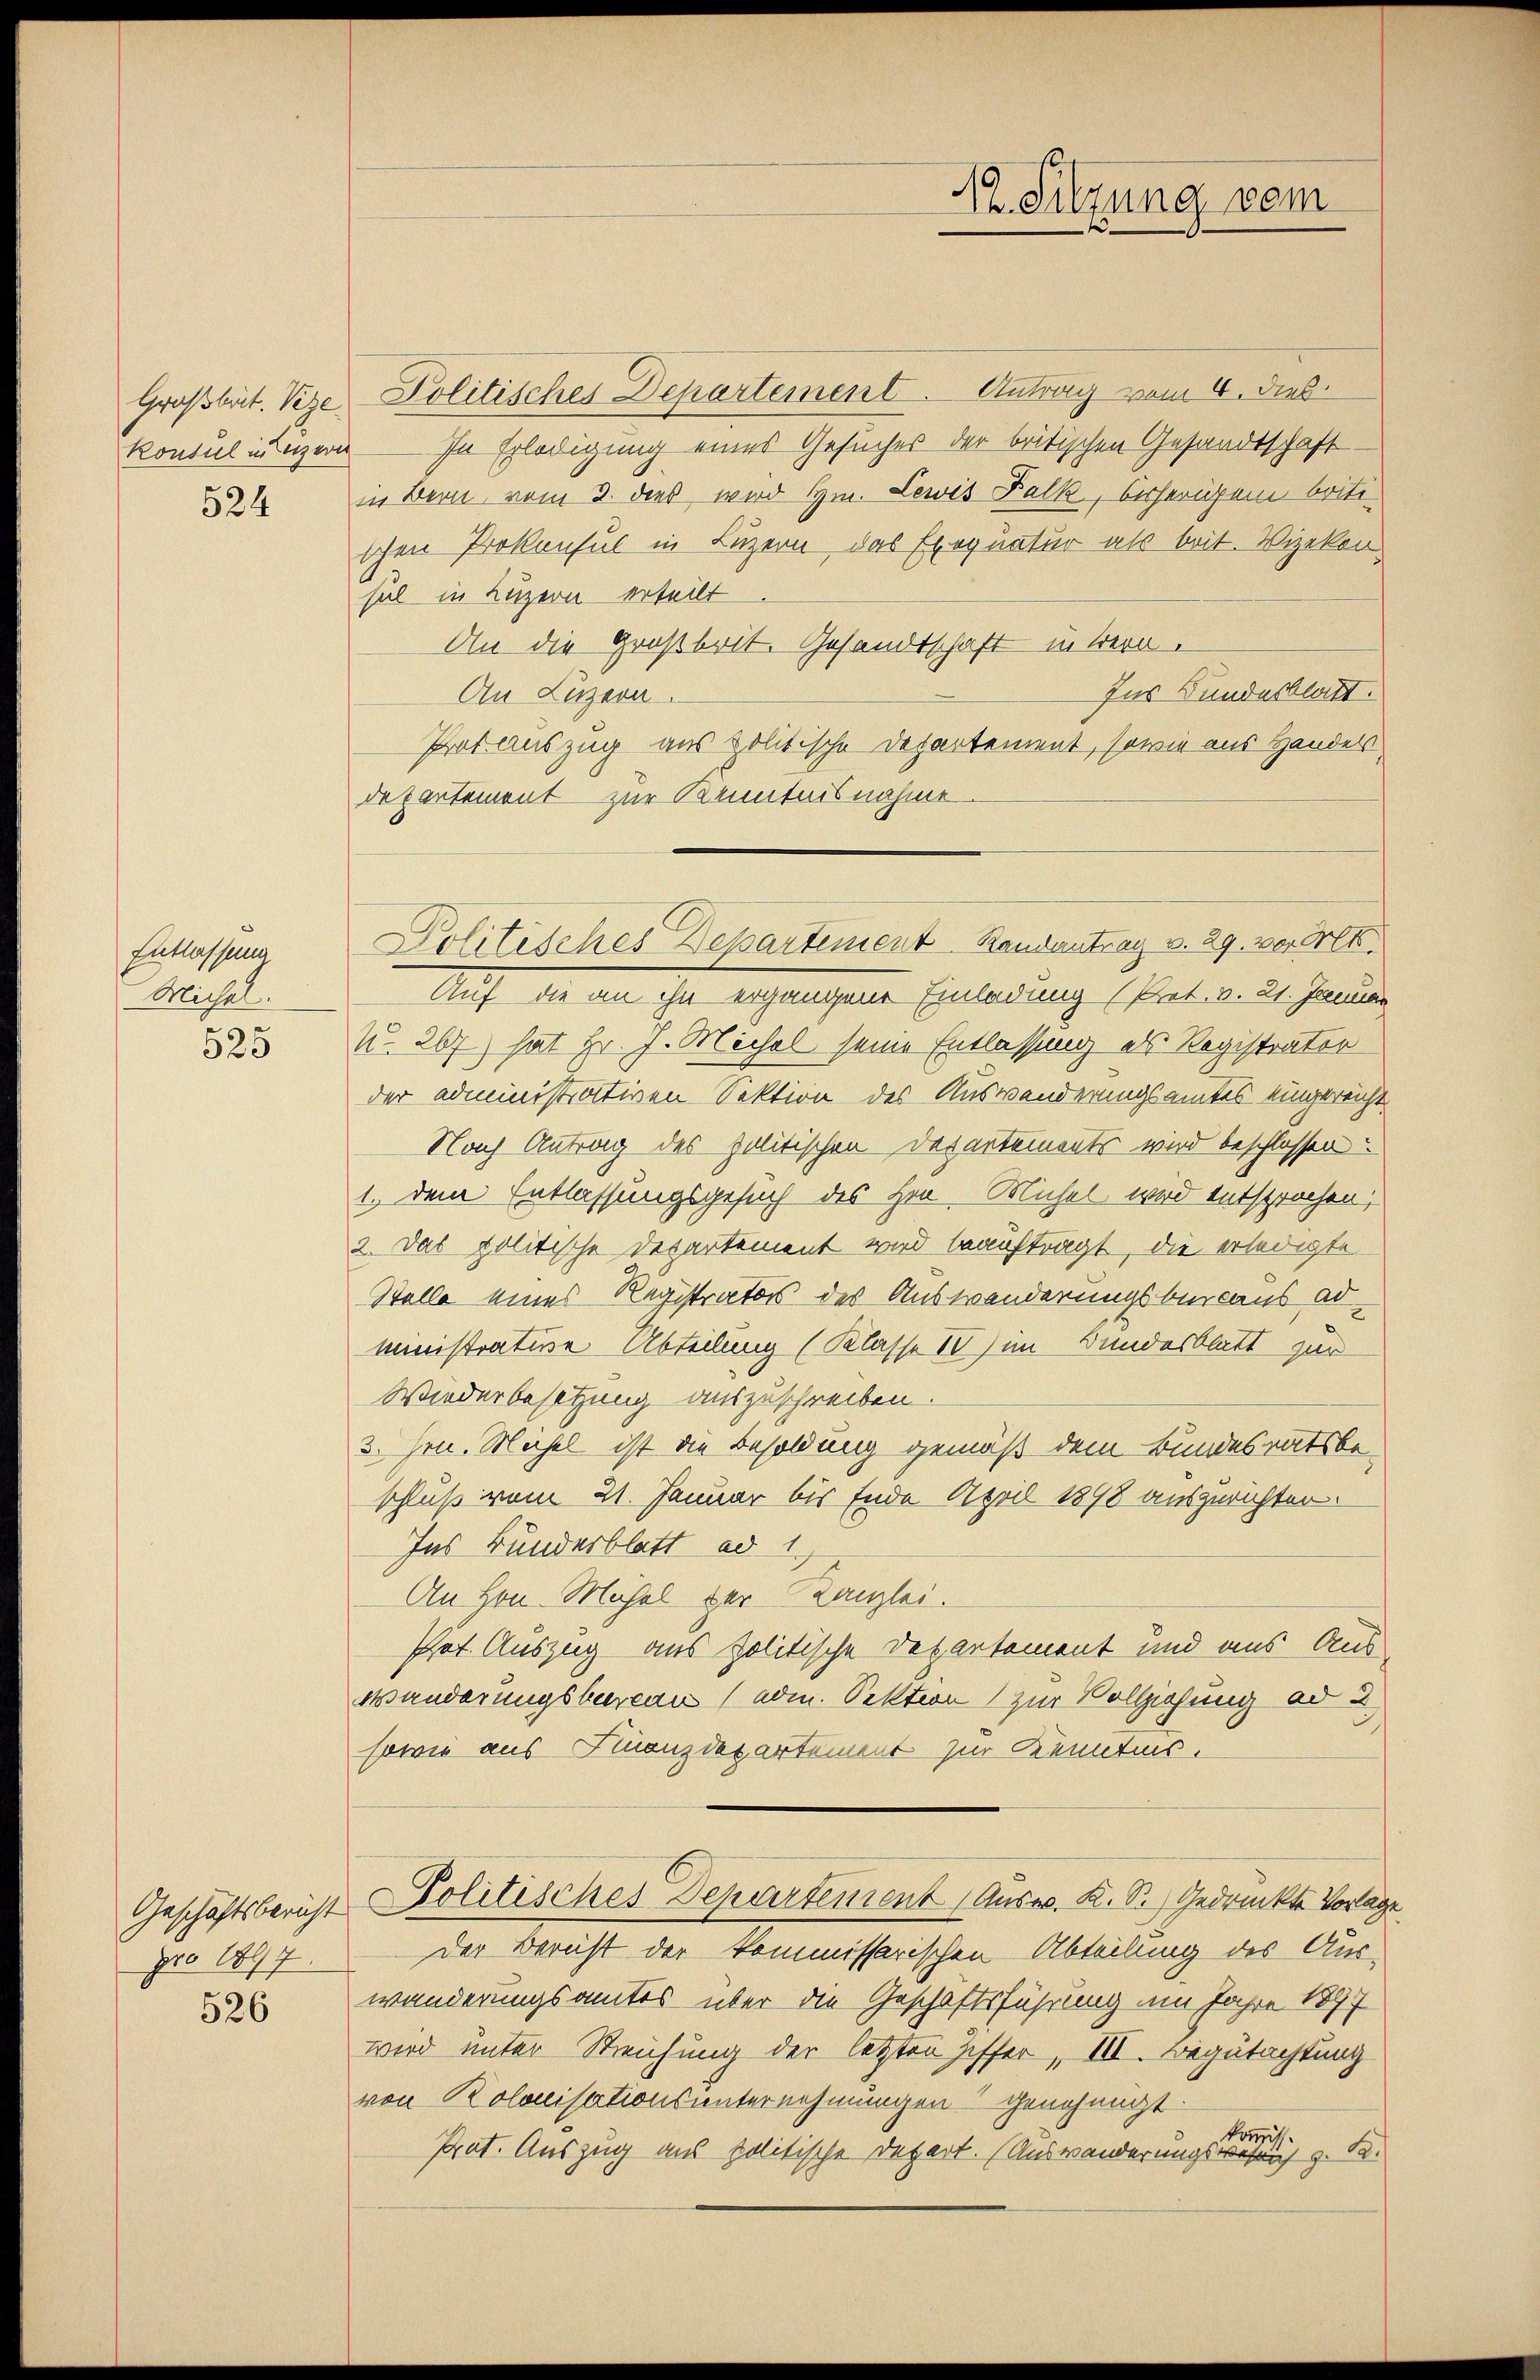
524

Entlassung
Michael.

525

pro 1897

526

Groβbat. Vize Politisches Departement. Antrag vom 4. Dieb
Konsul innern In Erledigung eines Gesuches der britischen Gesandtschaft
in Bern vom 2. dies wird Hrn. Lewis Balk, bisherigen britt
schen Prokonsul in Luzern, das Exequatur als brit. Vizekon
sal in Luzern erteilt.
An die Großbrit. Gesandtschaft in Bern.
Ins Bundesblatt.
An Luzern
Pot. Auszug aus politische Departement, sowie aus Handels
departement zur Kenntnisnahme
Politisches Departement Randantrag v. 29. vor. Mt.
Auf die an ihn ergangene Einladung (Prot. v. 21. Januar
No. 267) hat Hr. J. Michel seine Entlassung als Registrator
der administrativen Sektion des Auswanderungsamtes eingereicht
Nach Antrag des politischen Departements wird beschlossen:
1. dem Entlassungsgesuch des Hrn. Michel wird entsprochen,
2. Das politische Departement wird beauftragt, die erledigte
Stelle eines Registrators des Auswanderungsbureaus ad
ministrature Abteilung (Klasse IV) im Bundesblatt zur
Wiederbesitzung auszuschreiben.
3. Hrn. Michel ist die Besoldung gemäß dem Bundesratsbeschluß vom 21. Januar bis Ende April 1898 auszurichten.
Ins Bundesblatt ad 1.,
An Hrn. Mühel der Kanzlei.
Phat. Auszug aus politische Departement und aus Aus
Wanderungsbureau (adm. Sektion zur Vollziehung ad 2
sowie aus Finanzdepartement zur Kenntnis.
Geschäftsbericht Politisches Departement Ausw. K. S. Gedrückte Vorlag
Der Bericht der kommissarischen Abteilung des Auswanderungsamtes über die Geschäftsführung im Jahre 1897
wird unter Streichung der letzten Ziffer, III. Begutachtung
von Kolonisationsunternehmungen genehmigt.
kommis.
Prat. Auszug aus politische Depart. (Auswanderungswesens z. B.

d
1. Sitzung vom
1